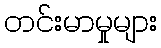
တင်းမာမှုများ